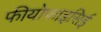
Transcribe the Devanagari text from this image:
फीयोफाइसिई